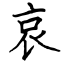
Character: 哀